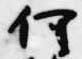
何